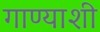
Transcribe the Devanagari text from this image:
गाण्याशी